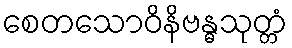
စေတသောဝိနိဗန္ဓသုတ္တံ